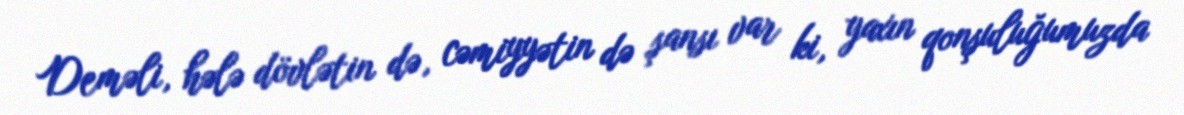
Deməli, hələ dövlətin də, cəmiyyətin də şansı var ki, yaxın qonşuluğumuzda